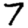
Digit: 7